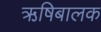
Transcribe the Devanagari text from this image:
ऋषिबालक